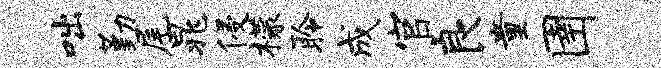
咄勤尾晁侵檬聆成官良童圉